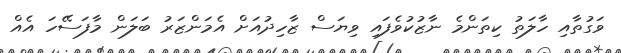
ވަގުތާއި ހާލަތު ކިތަންމެ ނާޒުކުވެފައި ވިޔަސް ޒާހިދުއަށް އެމަންޒަރު ބަލަން މާފަސޭހަ އެއް